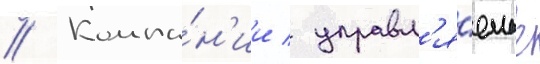
// Компа́н'ии / управл'я́емые